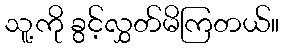
သူ့ကို ခွင့်လွှတ်မိကြတယ်။